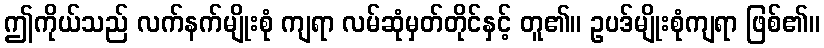
ဤကိုယ်သည် လက်နက်မျိုးစုံ ကျရာ လမ်ဆုံမှတ်တိုင်နှင့် တူ၏။ ဥပဒ်မျိုးစုံကျရာ ဖြစ်၏။